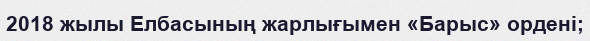
2018 жылы Елбасының жарлығымен «Барыс» ордені;